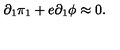
\partial _ { 1 } \pi _ { 1 } + e \partial _ { 1 } \phi \approx 0 .